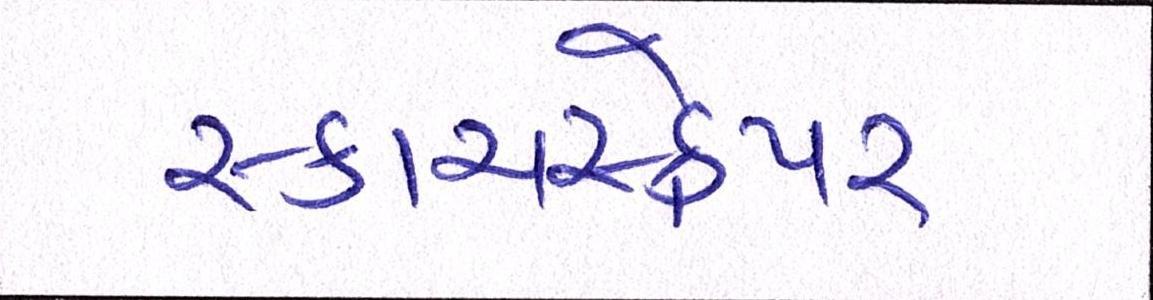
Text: સ્કાયસ્ક્રેપર